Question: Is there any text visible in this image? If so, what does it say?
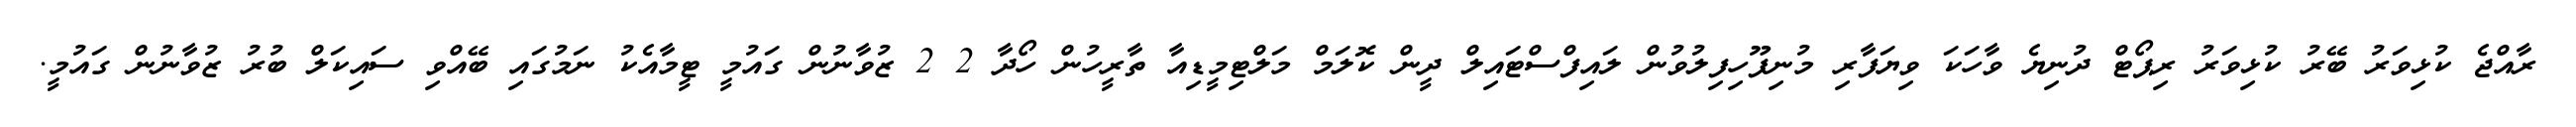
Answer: ރާއްޖެ ކުޅިވަރު ބޭރު ކުޅިވަރު ރިޕޯޓް ދުނިޔެ ވާހަކަ ވިޔަފާރި މުނިފޫހިފިލުވުން ލައިފްސްޓައިލް ދީން ކޮލަމް މަލްޓިމީޑިއާ ތާރީހުން ހޯދާ 2 2 ޒުވާނުން ގައުމީ ޓީމާއެކު ނަމުގައި ބޭއްވި ސައިކަލް ބުރު ޒުވާނުން ގައުމީ.